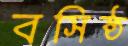
বসিষ্ঠ